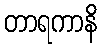
တာရကာနိ